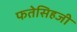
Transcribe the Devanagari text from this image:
फतेसिहजी